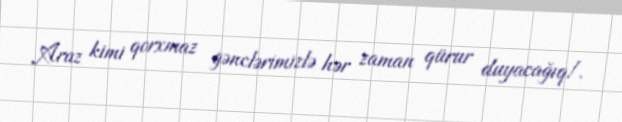
Araz kimi qorxmaz gənclərimizlə hər zaman qürur duyacağıq!.